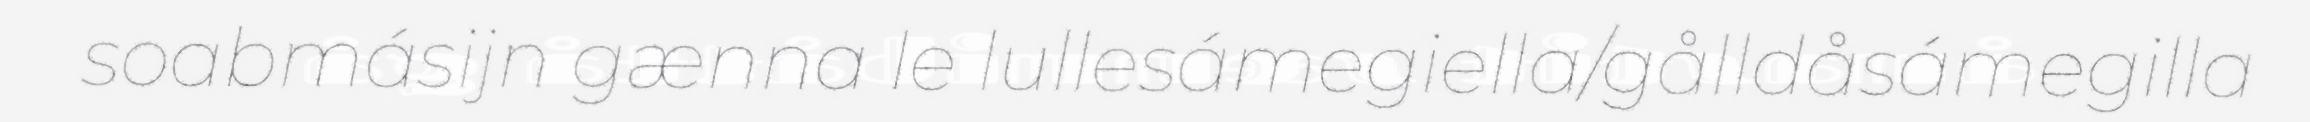
soabmásijn gænna le lullesámegiella/gålldåsámegilla